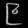
Digit: ၉